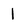
Character: 1